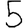
Digit: 5